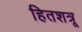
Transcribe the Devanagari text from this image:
हितशत्रू